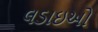
લડાઇઓ